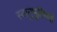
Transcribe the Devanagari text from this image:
स्वानुभूतिमयी